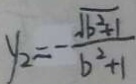
y _ { 2 } = - \frac { \sqrt { b ^ { 2 } + 1 } } { b ^ { 2 } + 1 }